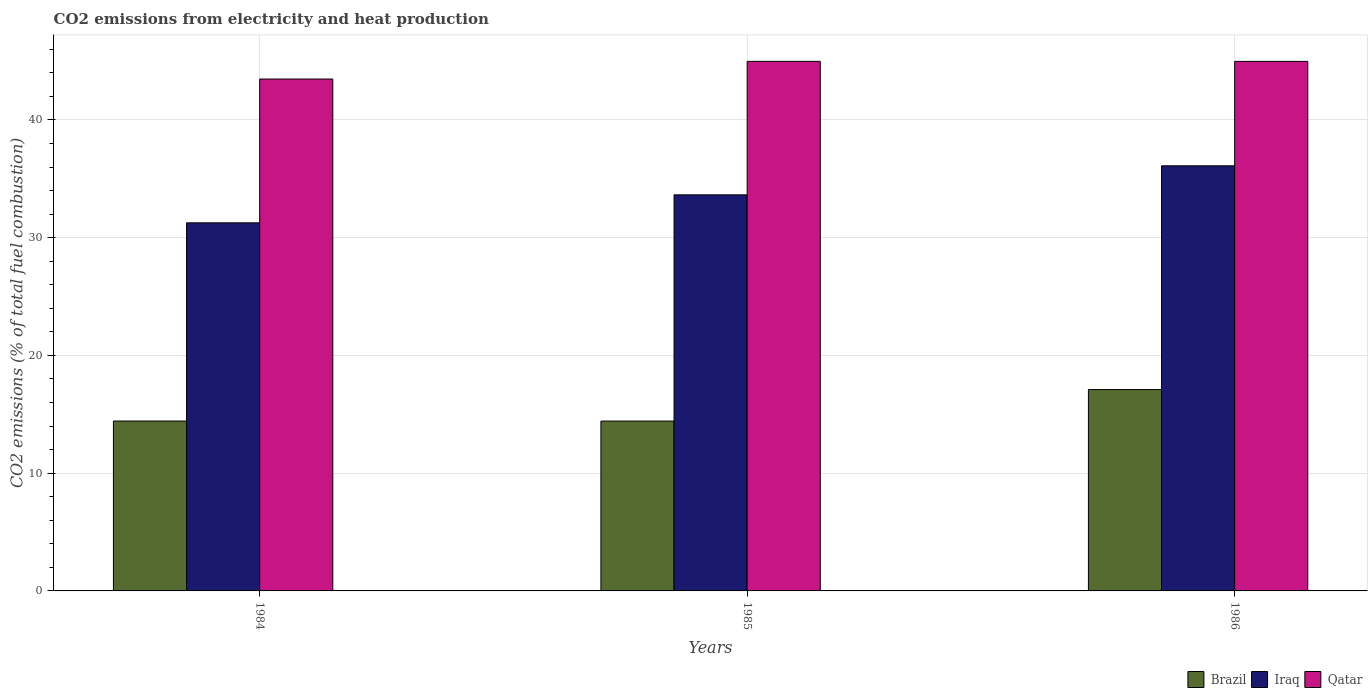
| Years | Brazil | Iraq | Qatar |
 | --- | --- | --- | --- |
 | 1984 | 14.4 | 31.3 | 43.5 |
 | 1985 | 14.4 | 33.6 | 45 |
 | 1986 | 17.1 | 36.1 | 45 |